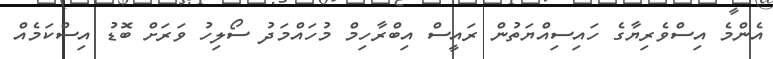
އެންމެ އިސްވެރިޔާގެ ހައިސިއްޔަތުން ރައީސް އިބްރާހިމް މުހައްމަދު ސޯލިހު ވަރަށް ބޮޑު އިސްކަމެއް